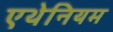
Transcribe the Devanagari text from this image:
एथेनियम